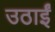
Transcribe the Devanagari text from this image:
उठाईं